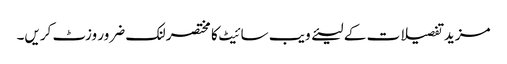
مزید تفصیلات کے لیئے ویب سائیٹ کا مختصر لنک ضرور وزٹ کریں۔